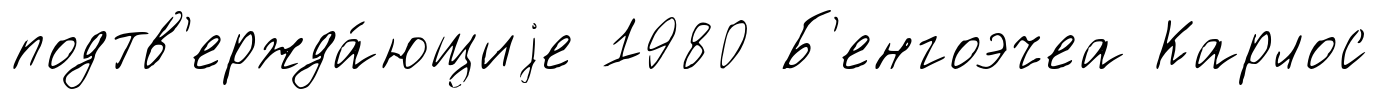
подтв'ержда́ющиjе 1980 Б'енгоэчеа Карлос